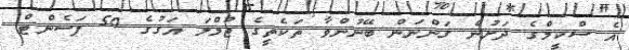
އެ ސްކީމްގެ ދަށުން ގަންނަން ބޭނުންވާ ތަކެތީގެ ޖުމްލަ އަގުގެ 50 ޕަސެންޓް